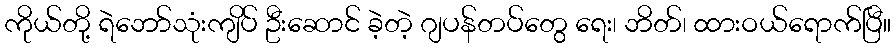
ကိုယ်တို့ ရဲဘော်သုံးကျိပ် ဦးဆောင် ခဲ့တဲ့ ဂျပန်တပ်တွေ ရေး၊ ဘိတ်၊ ထားဝယ်ရောက်ပြီ။